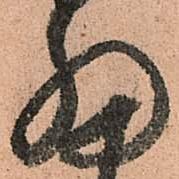
細